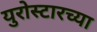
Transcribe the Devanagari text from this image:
युरोस्टारच्या